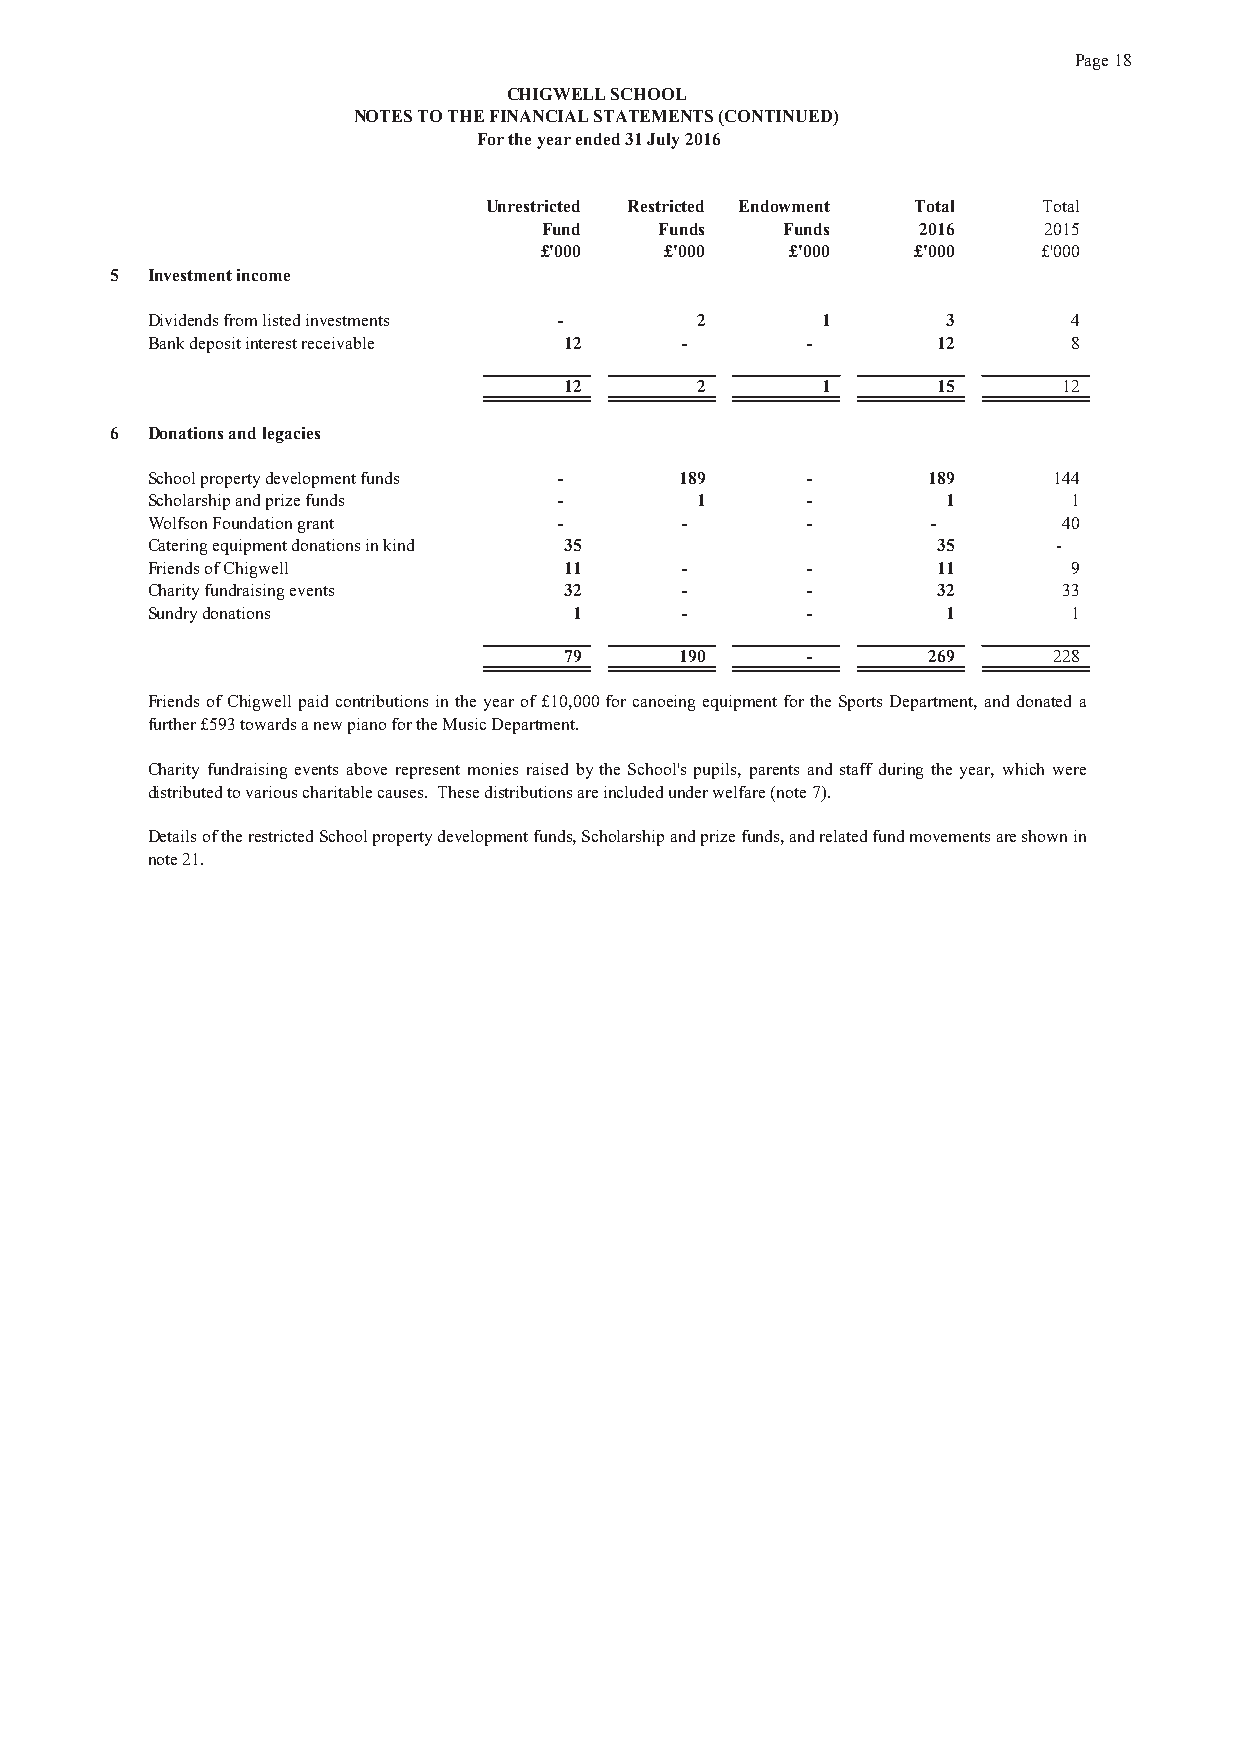
Page 18
 CHIGWELL SCHOOL
 NOTES TO THE FINANCIAL STATEMENTS (CONTINUED)
 For the year ended 31 July 2016
 Unrestricted Restricted Endowment Total Total
 Fund    Funds   Funds    2016    2 015
 £'000   £'000   £'000    £'000   £'000
 5  Investment income
 Dividends from listed investments - 2       1        3       4
 Bank deposit interest receivable 12 -      -        12       8
 12       2       1       15      12
 6  Donations and legacies
 School property development funds - 189    -       189      144
 Scholarship and prize funds -       1      -         1       1
 Wolfson Foundation grant   -       -       -        -       40
 Catering equipment donations in kind 35             35      -
 Friends of Chigwell        11      -       -        11       9
 Charity fundraising events 32      -       -        32      33
 Sundry donations            1      -       -         1       1
 79      190     -       269      228
 Friends of Chigwell paidcontributions intheyear of £10,000 for canoeingequipment for theSports Department, anddonateda
 further £593 towards a new piano for the Music Department.
 Charity fundraising events above represent monies raised by the School's pupils, parents and staff during the year, which were
 distributed to various charitable causes. These distributions are included under welfare (note 7).
 DetailsoftherestrictedSchoolpropertydevelopmentfunds,Scholarshipandprizefunds,andrelatedfundmovementsareshownin
 note 21.